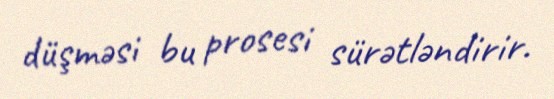
düşməsi bu prosesi sürətləndirir.